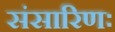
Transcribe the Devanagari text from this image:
संसारिणः